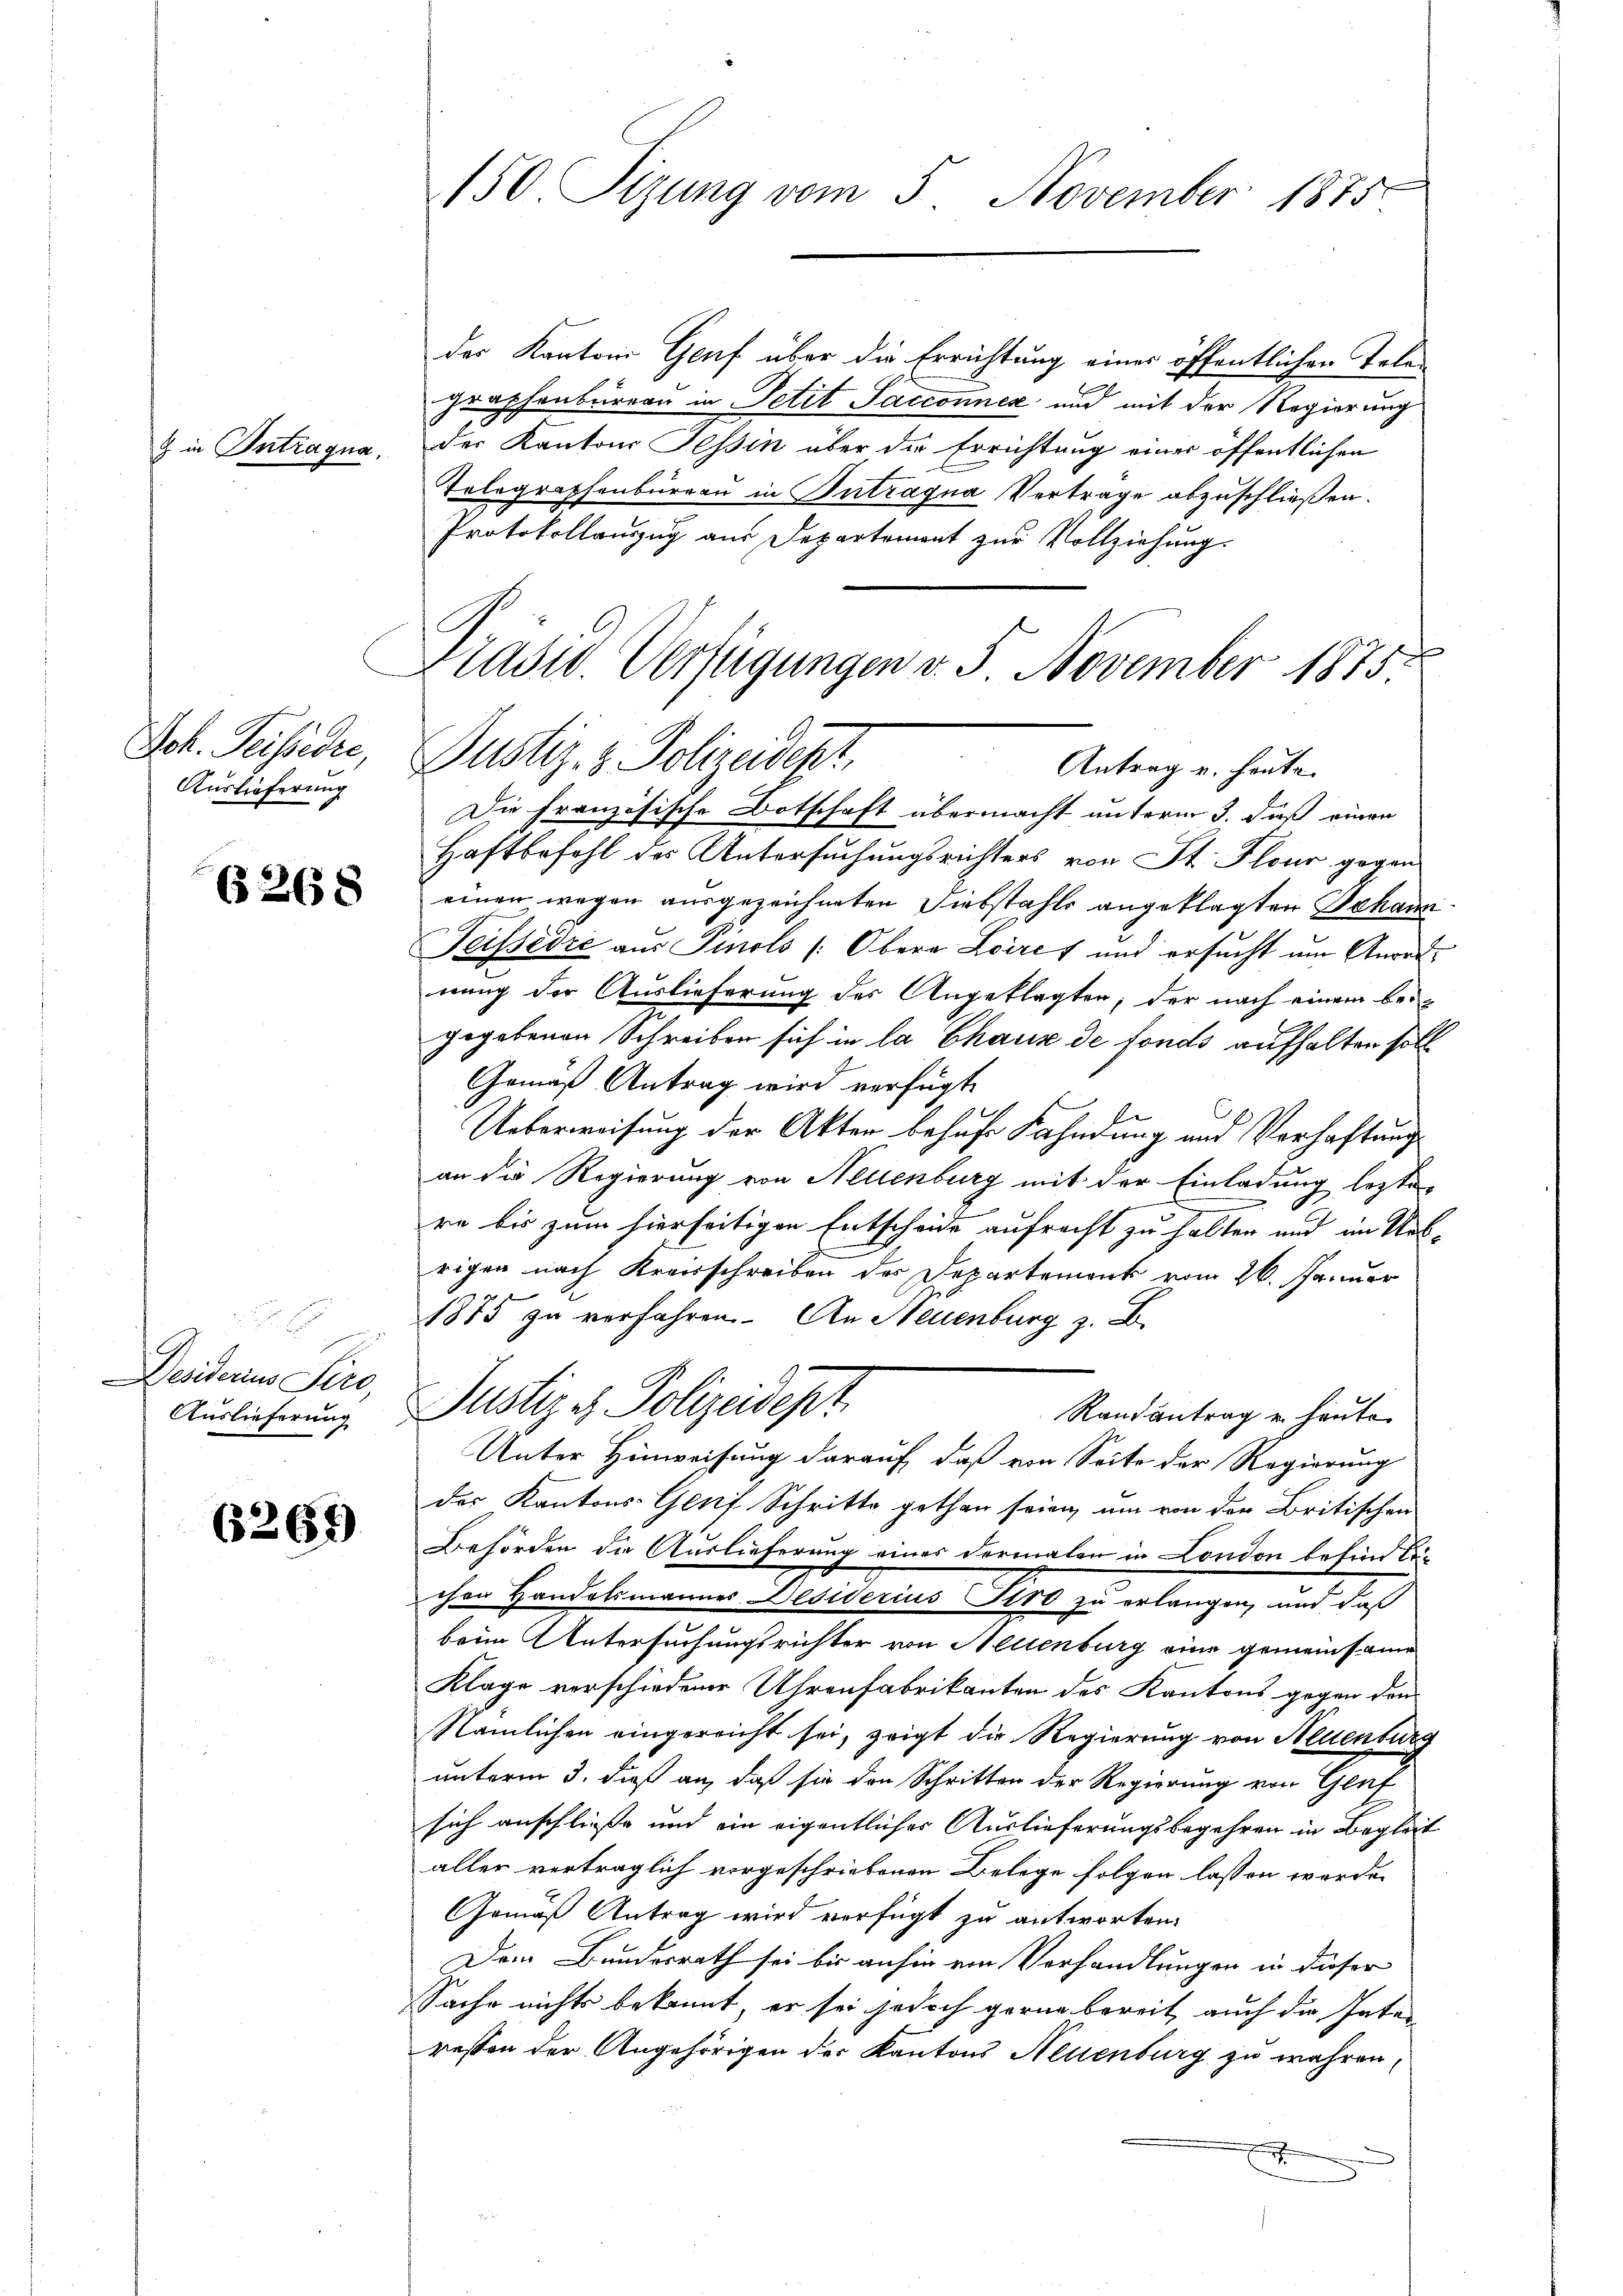
in Intragna,

Ger. Silbe
Auslieferung

§ 268

u
Desiderius Siro,
Auslieferung

6269

150. Sizung vom 5. November 1875

der Kantons Genf über die Errichtung einer öffentlichen Telegraphenbureau in Petit Jacconnex und mit der Regierung
der Kantons Tessin über die Errichtung einer öffentlichen
Telegraphenburgau in Intragua Vertrage abzuschließen.
Protokollauszug aus Departement zur Vollziehung.

Präsid. Verfügungen v. 5. November 1875
Justiz- & Polizeidigt,
Antrag u. heute.

Die französische Botschaft übermacht unterm 3. daß einen
Haftbefehl des Untersuchungsrichters von St. Flour gegen
einen wegen ausgezeichneten Diebstahls angeklagten Dekann
Teissedie aus Pinols (Obera Loires und ersucht um Anordnung der Auslieferung des Angeklagten, der nach einem beigegebenen Schreiben sich in la Chaux de fonds aufhalten soll
Gemäß Antrag wird verfügt
Ueberweisung der Akten behufe Fahndung und Verhaftung
an die Regierung von Neuenburg mit der Einladung loste
re bis zum hierseitigen Entscheide aufrecht zu halten und im Ursrigen nach Kreisschreiben des Departement vom 26. Januar
1875 zu verfahren. An Neuenburg z. B.
Randantrag u. heute
des Kantons- Genf Schritte gethan seien, um von den Britischen
Behörden die Auslieferung eines dermalen in London besind be-
chen Handelsmannes Desiderius Stro zu erlangen, und daß
beim Untersuchungsrichter von Allenburg eine gemeinsame
Klage verschiedener Uhrenfabrikanten des Kantons gegen den
Nämlichen eingereicht sei, zeigt die Regierung von Neuenburg
unterm 3. daß an, daß sie den Schritten der Regierung von Genf
sich anschließe und ein eigentlicher Auslieferungsbegehren in Begleit
aller verträglich vorgeschriebenen Belege folgen lassen werde.
Gemäß Antrag wird verfügt zu antworten.
Dem Bundesrath sei bis anhin von Verhandlungen in dieser
Sache nichts bekannt, er sei jedoch gerne bereit, auch die Inter
ressen der Angehörigen der Kantons Aeuenburg zu wahren,
B

Justiz es Polizeidept
Unter Hinweisung darauf, daß von Seite der Regierung